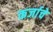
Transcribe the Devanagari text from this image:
कर्जाचे